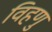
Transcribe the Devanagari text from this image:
विहणु